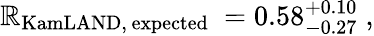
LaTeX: \mathbb{R}_{\mathrm{{KamLAND,\, expected}}}~=0.58_{-0.27}^{+0.10}\; ,